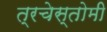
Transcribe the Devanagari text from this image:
त्रचेस्तोमी